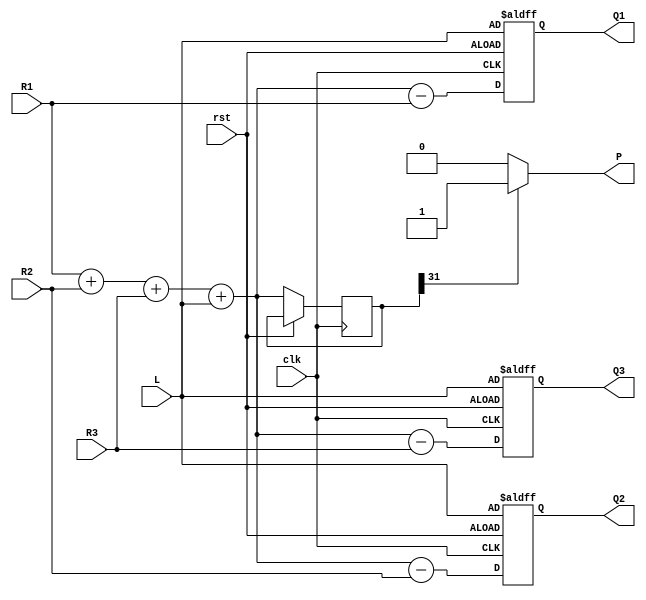
module VNU_3(
output reg signed [31:0] Q1,
output reg signed [31:0] Q2,
output reg signed [31:0] Q3,
input  signed [31:0] R1,
input  signed [31:0] R2,
input  signed [31:0] R3,
input  signed [31:0] L,
output P,
input clk,
input rst);

reg signed [31:0] P_sample;


assign P = P_sample[31] ? 1'b1 : 1'b0;

always@(posedge clk or posedge rst)
begin
if (rst)
begin
Q1 = L;
Q2 = L;
Q3 = L;
end
else
begin
P_sample = R1 + R2 + R3 + L;
Q1 = P_sample - R1;
Q2 = P_sample - R2;
Q3 = P_sample - R3;
end
end

endmodule